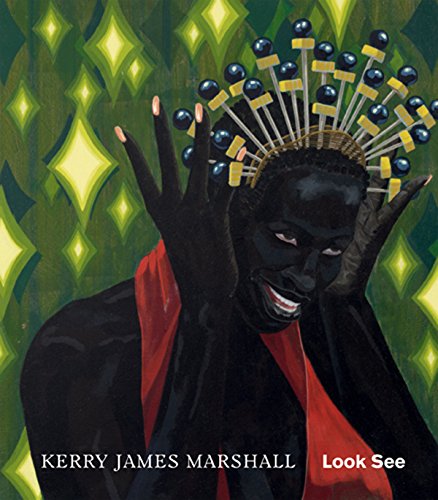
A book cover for Kerry James Marshall: Look See; Robert Storr; Arts & Photography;